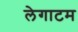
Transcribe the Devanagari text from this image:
लेगाटम